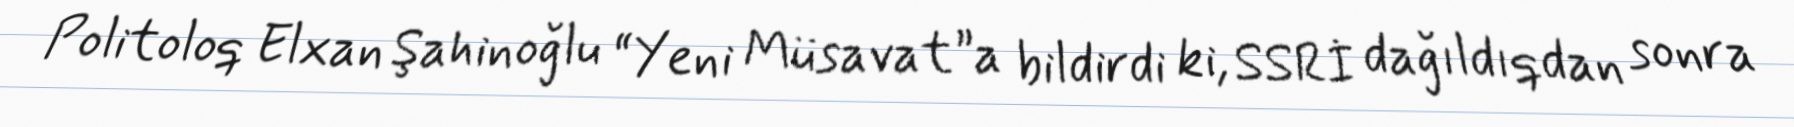
Politoloq Elxan Şahinoğlu “Yeni Müsavat”a bildirdi ki, SSRİ dağıldıqdan sonra